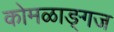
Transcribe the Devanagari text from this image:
कोमळाङ्गज